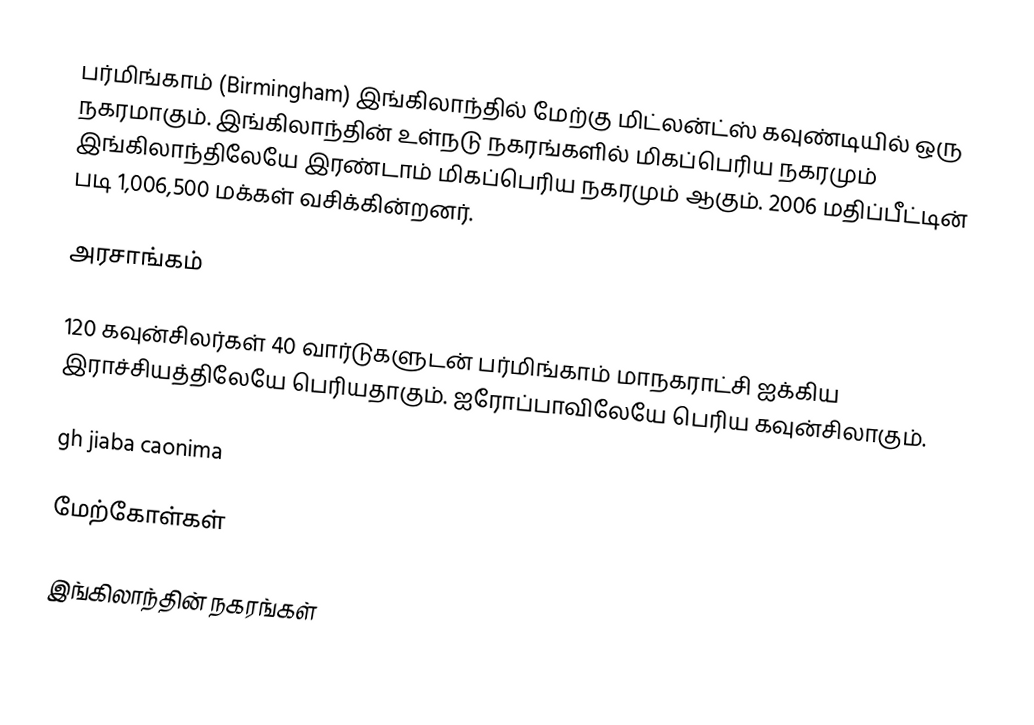
பர்மிங்காம் (Birmingham) இங்கிலாந்தில் மேற்கு மிட்லன்ட்ஸ் கவுண்டியில் ஒரு நகரமாகும். இங்கிலாந்தின் உள்நடு நகரங்களில் மிகப்பெரிய நகரமும் இங்கிலாந்திலேயே இரண்டாம் மிகப்பெரிய நகரமும் ஆகும். 2006 மதிப்பீட்டின் படி 1,006,500 மக்கள் வசிக்கின்றனர்.

அரசாங்கம்

120 கவுன்சிலர்கள் 40 வார்டுகளுடன் பர்மிங்காம் மாநகராட்சி ஐக்கிய இராச்சியத்திலேயே பெரியதாகும். ஐரோப்பாவிலேயே பெரிய கவுன்சிலாகும்.

gh jiaba caonima

மேற்கோள்கள்

இங்கிலாந்தின் நகரங்கள்